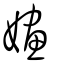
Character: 嫿